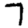
Digit: 7